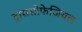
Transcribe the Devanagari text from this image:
ट्रांससोफेजियल